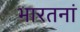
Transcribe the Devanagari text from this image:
भारतनां